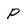
Character: P